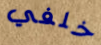
خلفي